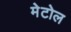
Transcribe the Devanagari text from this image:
मेटोल